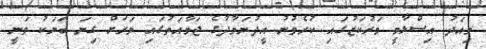
މިއަދު އިސްލާމީ މަރުކަޒުގައި ކުރެވުނު އީދުނަމާދުގެ ޖަމާއަތުގައި ވަރަށް ގިނަ ބަޔަކު ވަނީ